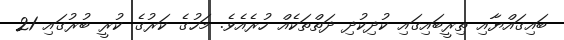
ބައިގައްޔާއި ތިރީބައިގައި ކުދިކުދި ދަތްތަކެއް ހުރެއެވެ. މަހުގެ ކަރުގެ ކުރީ ބުރުގައި 21